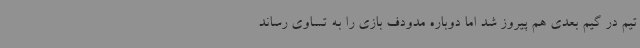
تیم در گیم بعدی هم پیروز شد اما دوباره مدودف بازی را به تساوی رساند